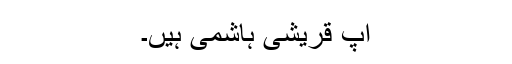
آپ قریشی ہاشمی ہیں۔